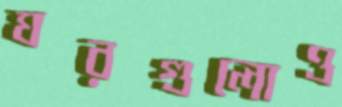
ঘরগুলোও